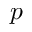
p